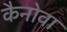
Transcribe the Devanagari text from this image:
कैनोवा